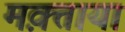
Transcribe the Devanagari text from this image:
मक़्ताया